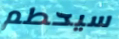
سيحطم